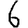
Digit: 6